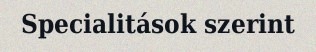
Specialitások szerint